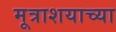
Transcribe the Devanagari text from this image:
मूत्राशयाच्या